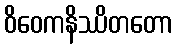
ဝိဝေကနိဿိတတော